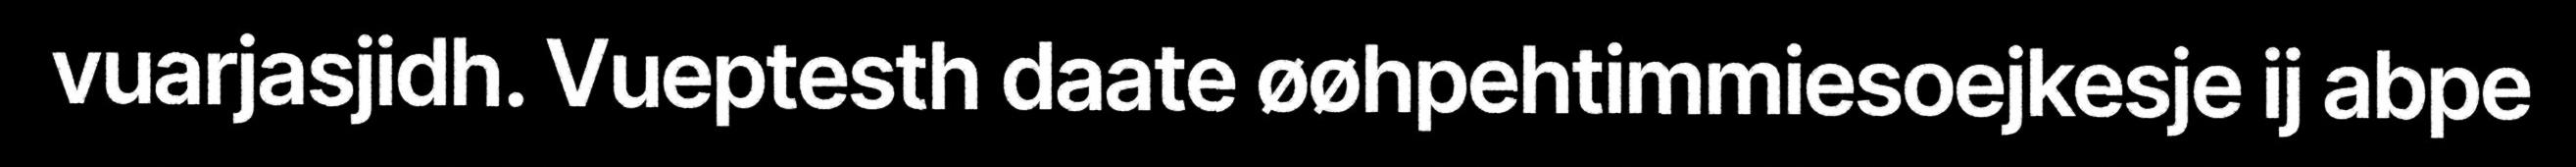
vuarjasjidh. Vueptesth daate øøhpehtimmiesoejkesje ij abpe